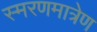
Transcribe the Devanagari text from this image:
स्मरणमात्रेण